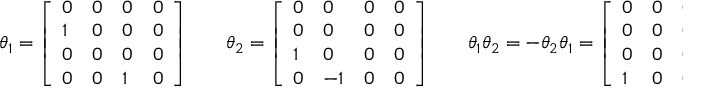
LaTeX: \theta _ { 1 } = { \left[ \begin{array} { l l l l } { 0 } & { 0 } & { 0 } & { 0 } \\ { 1 } & { 0 } & { 0 } & { 0 } \\ { 0 } & { 0 } & { 0 } & { 0 } \\ { 0 } & { 0 } & { 1 } & { 0 } \end{array} \right] } \qquad \theta _ { 2 } = { \left[ \begin{array} { l l l l } { 0 } & { 0 } & { 0 } & { 0 } \\ { 0 } & { 0 } & { 0 } & { 0 } \\ { 1 } & { 0 } & { 0 } & { 0 } \\ { 0 } & { - 1 } & { 0 } & { 0 } \end{array} \right] } \qquad \theta _ { 1 } \theta _ { 2 } = - \theta _ { 2 } \theta _ { 1 } = { \left[ \begin{array} { l l l l } { 0 } & { 0 } & { 0 } & { 0 } \\ { 0 } & { 0 } & { 0 } & { 0 } \\ { 0 } & { 0 } & { 0 } & { 0 } \\ { 1 } & { 0 } & { 0 } & { 0 } \end{array} \right] } .